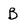
Character: B